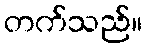
တက်သည်။